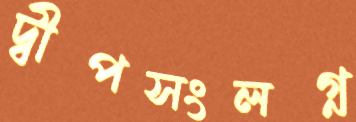
দ্বীপসংলগ্ন